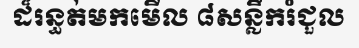
ដ៏រន្ធត់មកមើល ៨សន្លឹករំជួល